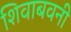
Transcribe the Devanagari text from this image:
शिवाबवनी